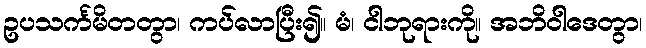
ဥပသင်္ကမိတတွာ၊ ကပ်လာပြီး၍။ မံ၊ ငါဘုရားကို။ အဘိဝါဒေတွာ၊